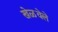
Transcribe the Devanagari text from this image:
खेळवेले